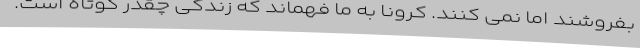
بفروشند اما نمی کنند. کرونا به ما فهماند که زندگی چقدر کوتاه است.